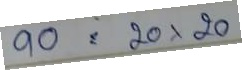
90 = 20x20